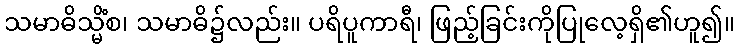
သမာဓိသ္မိံစ၊ သမာဓိ၌လည်း။ ပရိပူကာရီ၊ ဖြည့်ခြင်းကိုပြုလေ့ရှိ၏ဟူ၍။